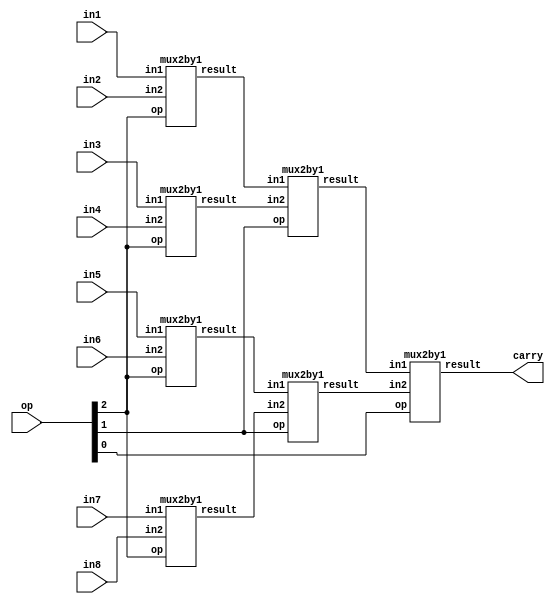
module mux8by1_1bit (in1,in2,in3,in4,in5,in6,in7,in8,op,carry);

	input in1;
	input in2;
	input in3;
	input in4;
	input in5;
	input in6;
	input in7;
	input in8;
	input [2:0]op;
	output carry;

	wire w_mux1_1;
	wire w_mux1_2;
	wire w_mux1_3;
	wire w_mux1_4;
	wire w_mux2_1;
	wire w_mux2_2;

	mux2by1 mux1_1(.in1(in1), .in2(in2), .op(op[2]), .result(w_mux1_1));
	mux2by1 mux1_2(.in1(in3), .in2(in4), .op(op[2]), .result(w_mux1_2));
	mux2by1 mux1_3(.in1(in5), .in2(in6), .op(op[2]), .result(w_mux1_3));
	mux2by1 mux1_4(.in1(in7), .in2(in8), .op(op[2]), .result(w_mux1_4));
	mux2by1 mux2_1(.in1(w_mux1_1), .in2(w_mux1_2), .op(op[1]), .result(w_mux2_1));
	mux2by1 mux2_2(.in1(w_mux1_3), .in2(w_mux1_4), .op(op[1]), .result(w_mux2_2));
	mux2by1 mux3_1(.in1(w_mux2_1), .in2(w_mux2_2), .op(op[0]), .result(carry));

endmodule 


/////////////////////////////////////
module mux2by1(in1,in2,op,result);
	input in1;
	input in2;
	input op;
	output result;

	wire w1,w2,w3;
  
	assign w1 = ~op;
	assign w2 = in1 & w1;
	assign w3 = in2 & op;
	assign result = w2 | w3;
endmodule